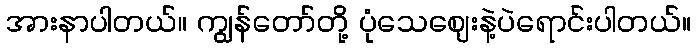
အားနာပါတယ်။ ကျွန်တော်တို့ ပုံသေဈေးနဲ့ပဲရောင်းပါတယ်။